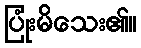
ပြုံးမိသေး၏။